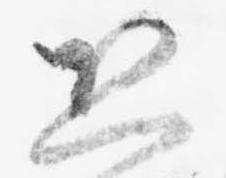
恐